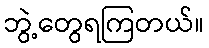
ဘွဲ့တွေရကြတယ်။